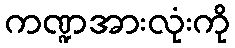
ကဏ္ဍအားလုံးကို